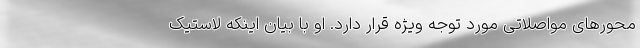
محور‌های مواصلاتی مورد توجه ویژه قرار دارد. او با بیان اینکه لاستیک